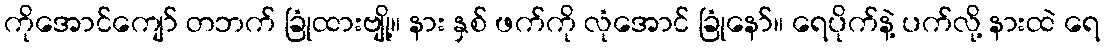
ကိုအောင်ကျော် တဘက် ခြုံထားဗျို့။ နား နှစ် ဖက်ကို လုံအောင် ခြုံနော်။ ရေပိုက်နဲ့ ပက်လို့ နားထဲ ရေ